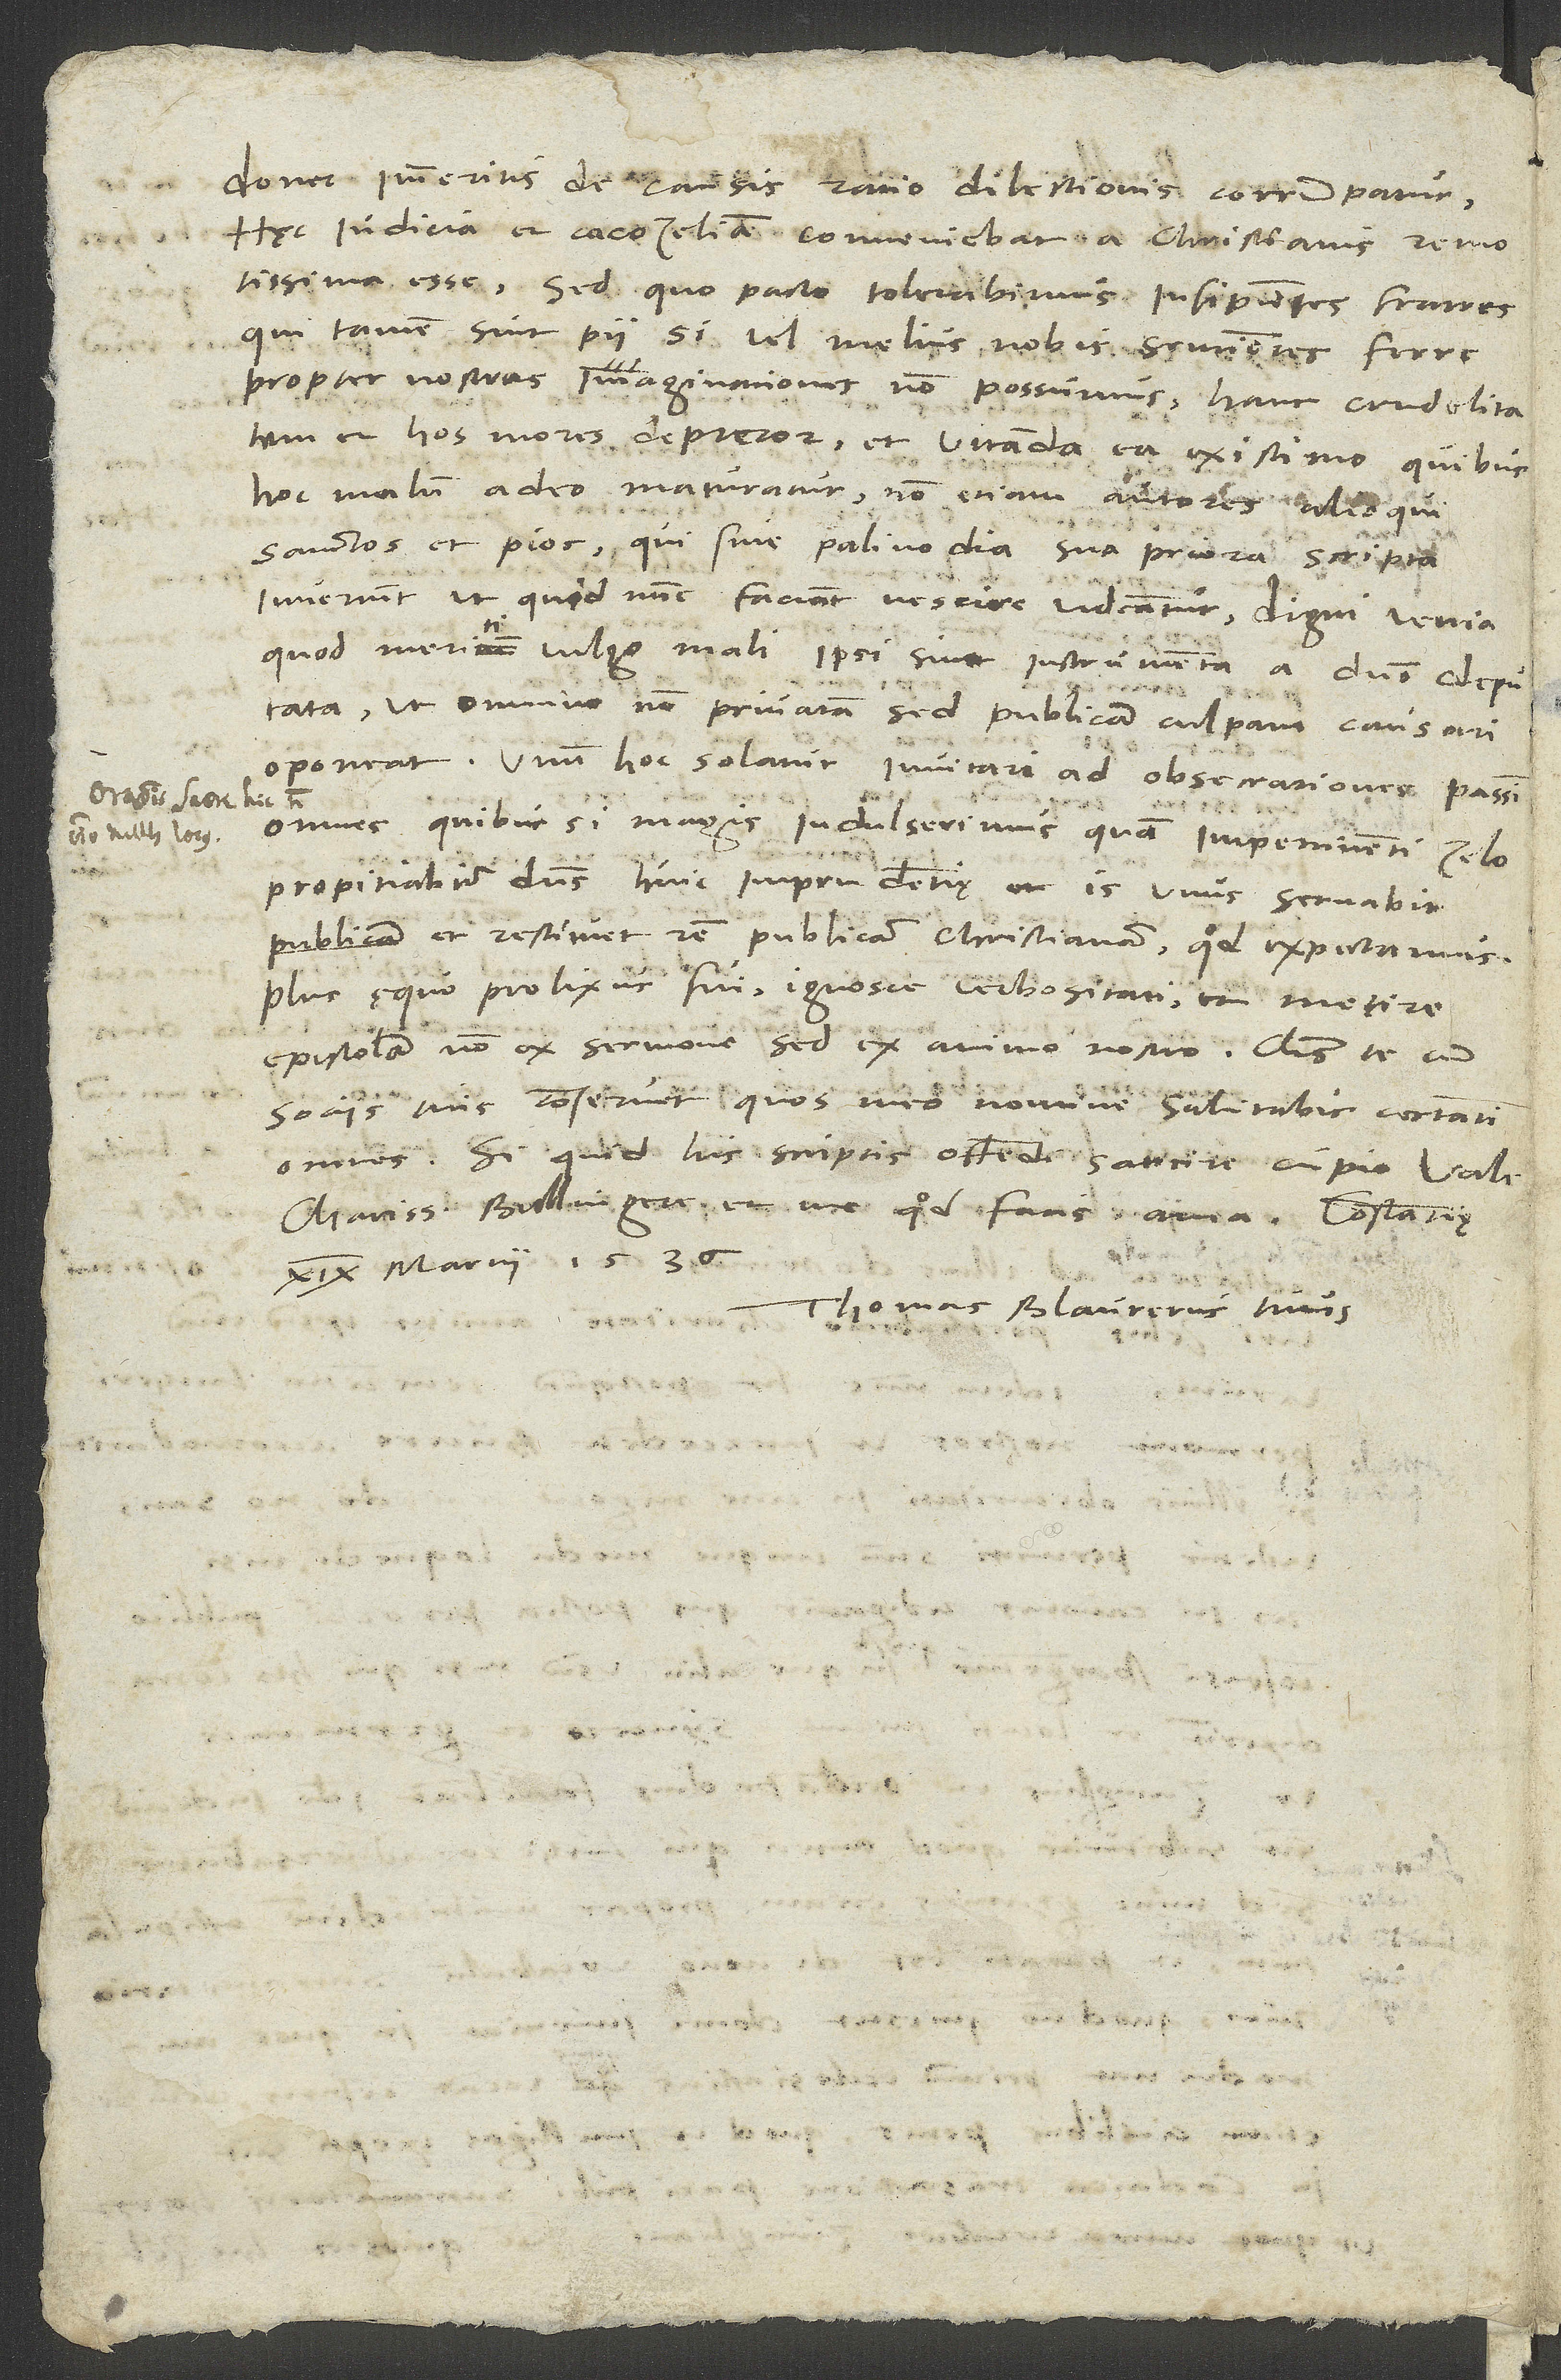
donec immeritis de causis ratio dilectionis corrumpatur.
Hec judicia et cacozeliam conveniebat a christianis remotissima
esse. Sed quo pacto tolerabimus insipientes fratres,
qui tamen sint pu, si vel melius nobis sentientes ferre
propter nostras imaginationes non possumus! Hanc crudelitatem
et hos mores deprecor, et vitanda ea existimo, quibus
hoc malum adeo maturatur, non etiam autores alioqui
sanctos et pios, qui sine palinodia sua priora scripta
invertunt, ut, quid nunc faciant, nescire videantur digni venia,
quod meriti vulgo mali ipsi sint instrumenta a domino deputata,
ut omnino non privatam, sed publicam culpam causari
oporteat. Unum hoc solatur: invitari ad obsecrationes passim
S.
omnes, quibus si magis indulserimus quam impertinenti zelo,
propitiabitur dominus huic imprudentie, et is unus servabit
et restituet rempublicam christianam, quod expectamus.
Plus equo prolixus fui. Ignosce verbositati et metire
epistolam non ex sermone, sed ex animo nostro. Christus te cum
sociis tuis conservet, quos meo nomine salutabis certatim
omnes. Si quid his scriptis offendi, sarcire cupio. Vale,
charissime Bullingere, et me, quod facis, ama. Constantię,
19. martii 1536.
Thomas Blaurerus tuus.